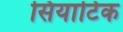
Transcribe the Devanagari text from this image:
सियाटिक